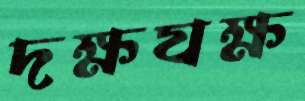
দক্ষযক্ষ